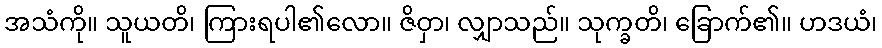
အသံကို။ သူယတိ၊ ကြားရပါ၏လော။ ဇိဝှာ၊ လျှာသည်။ သုက္ခတိ၊ ခြောက်၏။ ဟဒယံ၊